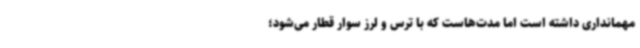
مهمانداری داشته است اما مدت‌هاست که با ترس و لرز سوار قطار می‌شود؛